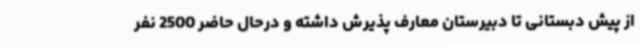
از پیش دبستانی تا دبیرستان معارف پذیرش داشته و درحال حاضر 2500 نفر